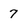
Character: 7